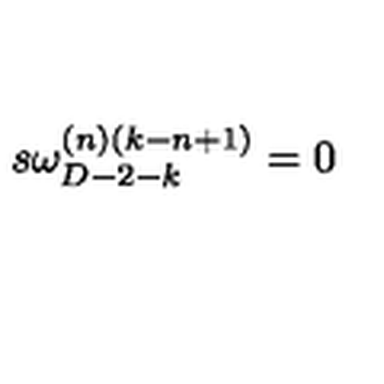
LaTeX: s \omega _ { D - 2 - k } ^ { ( n ) ( k - n + 1 ) } = 0